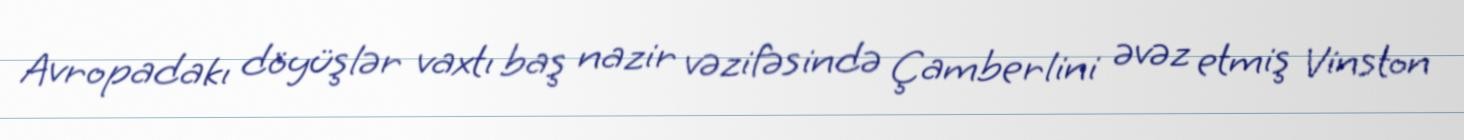
Avropadakı döyüşlər vaxtı baş nazir vəzifəsində Çamberlini əvəz etmiş Vinston